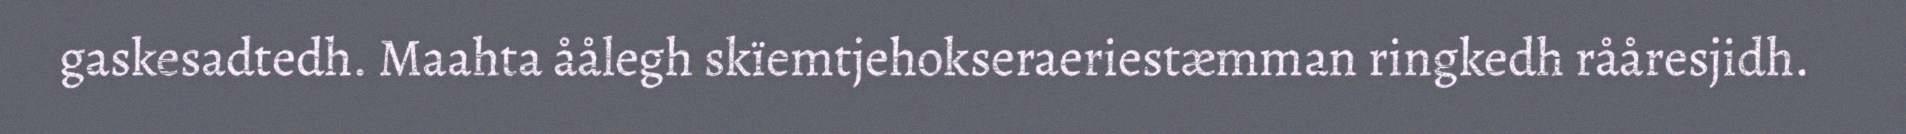
gaskesadtedh. Maahta åålegh skïemtjehokseraeriestæmman ringkedh rååresjidh.